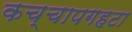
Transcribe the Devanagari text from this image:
कच्चापगहटा